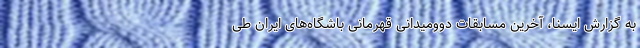
به گزارش ایسنا، آخرین مسابقات دوومیدانی قهرمانی باشگاه‌های ایران طی